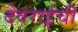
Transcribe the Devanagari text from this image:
देवराईची